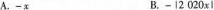
A.-x B.-|2020xl